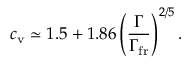
c _ { \mathrm { v } } \simeq 1 . 5 + 1 . 8 6 \left( \frac { \Gamma } { \Gamma _ { \mathrm { f r } } } \right) ^ { 2 / 5 } .